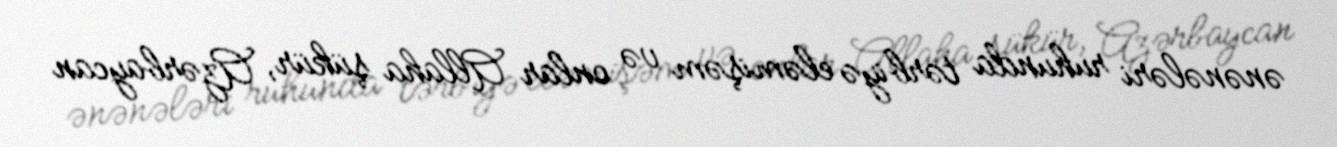
ənənələri ruhunda tərbiyə eləmişəm və onlar Allaha şükür, Azərbaycan